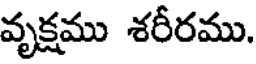
వృక్షము శరీరము.